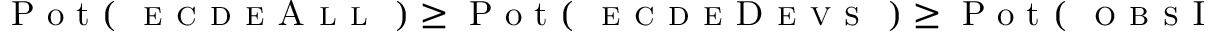
\mathrm { ~ P ~ o ~ t ~ } ( \textsc { \detokenize { e c d e A l l } } ) \geq \mathrm { ~ P ~ o ~ t ~ } ( \textsc { \detokenize { e c d e D e v s } } ) \geq \mathrm { ~ P ~ o ~ t ~ } ( \textsc { \detokenize { o b s I n t } } )